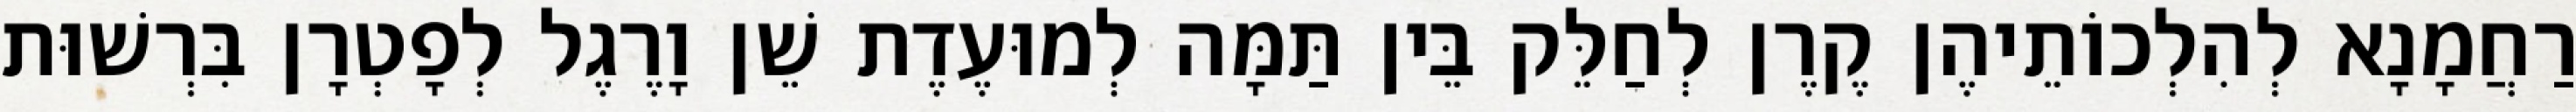
רַחֲמָנָא לְהִלְכוֹתֵיהֶן קֶרֶן לְחַלֵּק בֵּין תַּמָּה לְמוּעֶדֶת שֵׁן וָרֶגֶל לְפָטְרָן בִּרְשׁוּת